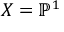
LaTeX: X = \mathbb { P } ^ { 1 }